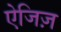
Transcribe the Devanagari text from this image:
ऐजिज़